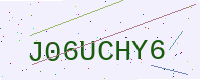
Text: J06UCHY6